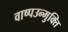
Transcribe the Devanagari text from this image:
वाष्पउन्मुक्ति